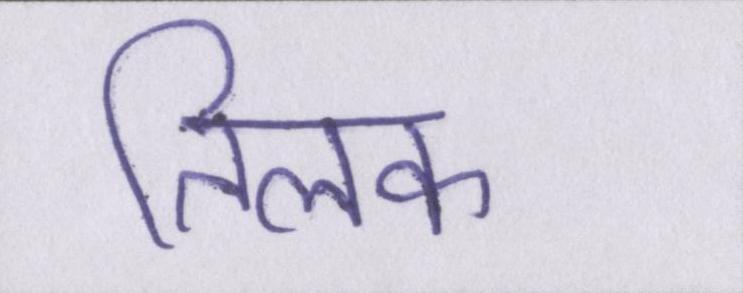
तिलक